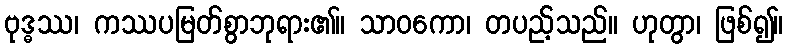
ဗုဒ္ဓဿ၊ ကဿပမြတ်စွာဘုရား၏။ သာဝကော၊ တပည့်သည်။ ဟုတွာ၊ ဖြစ်၍။